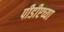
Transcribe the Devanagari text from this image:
पीडीएच्या